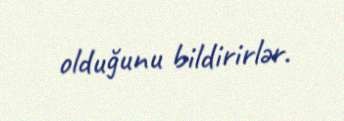
olduğunu bildirirlər.